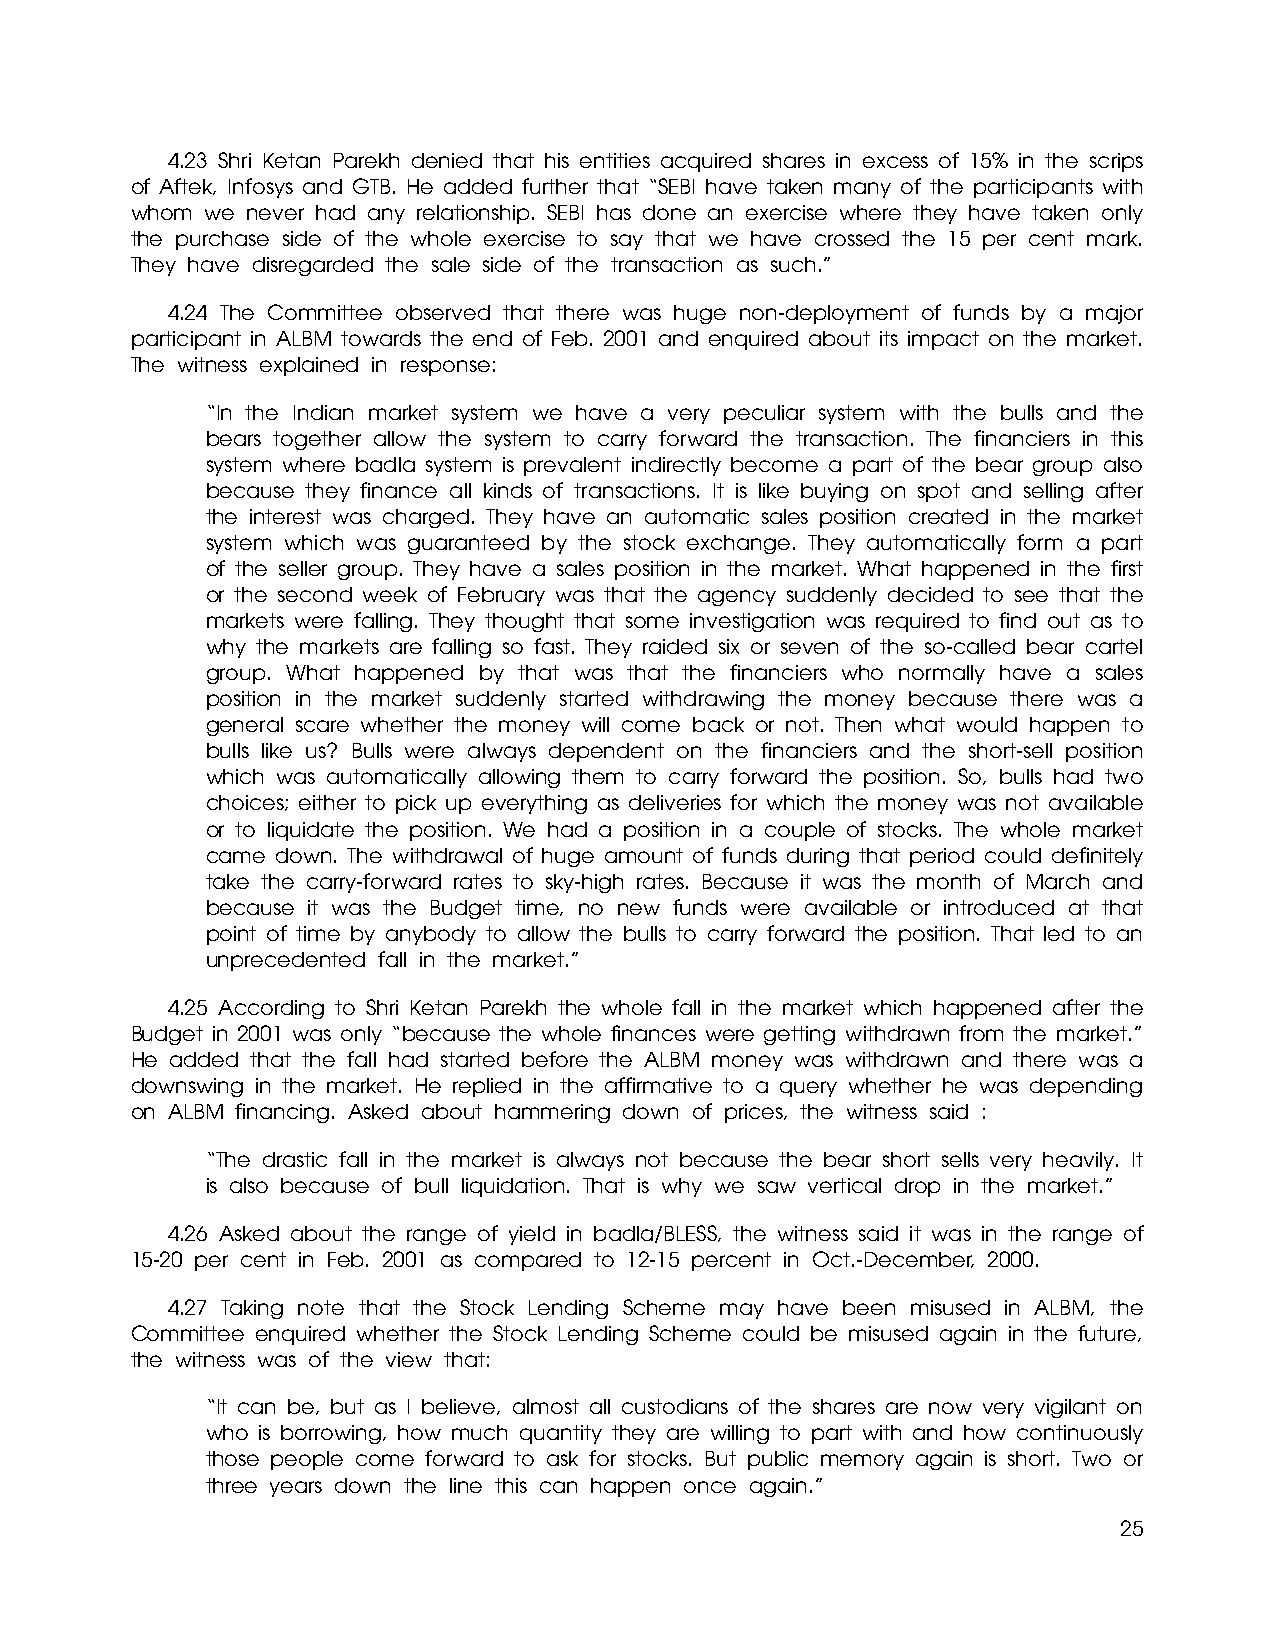
4.23 Shri Ketan Parekh denied that his entities acquired shares in excess of 15% in the scrips
 of Aftek, Infosys and GTB. He added further that “SEBI have taken many of the participants with
 whom we never had any relationship. SEBI has done an exercise where they have taken only
 the purchase side of the whole exercise to say that we have crossed the 15 per cent mark.
 They have disregarded the sale side of the transaction as such.”
 4.24 The Committee observed that there was huge non-deployment of funds by a major
 participant in ALBM towards the end of Feb. 2001 and enquired about its impact on the market.
 The witness explained in response:
 “In the Indian market system we have a very peculiar system with the bulls and the
 bears together allow the system to carry forward the transaction. The financiers in this
 system where badla system is prevalent indirectly become a part of the bear group also
 because they finance all kinds of transactions. It is like buying on spot and selling after
 the interest was charged. They have an automatic sales position created in the market
 system which was guaranteed by the stock exchange. They automatically form a part
 of the seller group. They have a sales position in the market. What happened in the first
 or the second week of February was that the agency suddenly decided to see that the
 markets were falling. They thought that some investigation was required to find out as to
 why the markets are falling so fast. They raided six or seven of the so-called bear cartel
 group. What happened by that was that the financiers who normally have a sales
 position in the market suddenly started withdrawing the money because there was a
 general scare whether the money will come back or not. Then what would happen to
 bulls like us? Bulls were always dependent on the financiers and the short-sell position
 which was automatically allowing them to carry forward the position. So, bulls had two
 choices; either to pick up everything as deliveries for which the money was not available
 or to liquidate the position. We had a position in a couple of stocks. The whole market
 came down. The withdrawal of huge amount of funds during that period could definitely
 take the carry-forward rates to sky-high rates. Because it was the month of March and
 because it was the Budget time, no new funds were available or introduced at that
 point of time by anybody to allow the bulls to carry forward the position. That led to an
 unprecedented fall in the market.”
 4.25 According to Shri Ketan Parekh the whole fall in the market which happened after the
 Budget in 2001 was only “because the whole finances were getting withdrawn from the market.”
 He added that the fall had started before the ALBM money was withdrawn and there was a
 downswing in the market. He replied in the affirmative to a query whether he was depending
 on ALBM financing. Asked about hammering down of prices, the witness said :
 “The drastic fall in the market is always not because the bear short sells very heavily. It
 is also because of bull liquidation. That is why we saw vertical drop in the market.”
 4.26 Asked about the range of yield in badla/BLESS, the witness said it was in the range of
 15-20 per cent in Feb. 2001 as compared to 12-15 percent in Oct.-December, 2000.
 4.27 Taking note that the Stock Lending Scheme may have been misused in ALBM, the
 Committee enquired whether the Stock Lending Scheme could be misused again in the future,
 the witness was of the view that:
 “It can be, but as I believe, almost all custodians of the shares are now very vigilant on
 who is borrowing, how much quantity they are willing to part with and how continuously
 those people come forward to ask for stocks. But public memory again is short. Two or
 three years down the line this can happen once again.”
 25